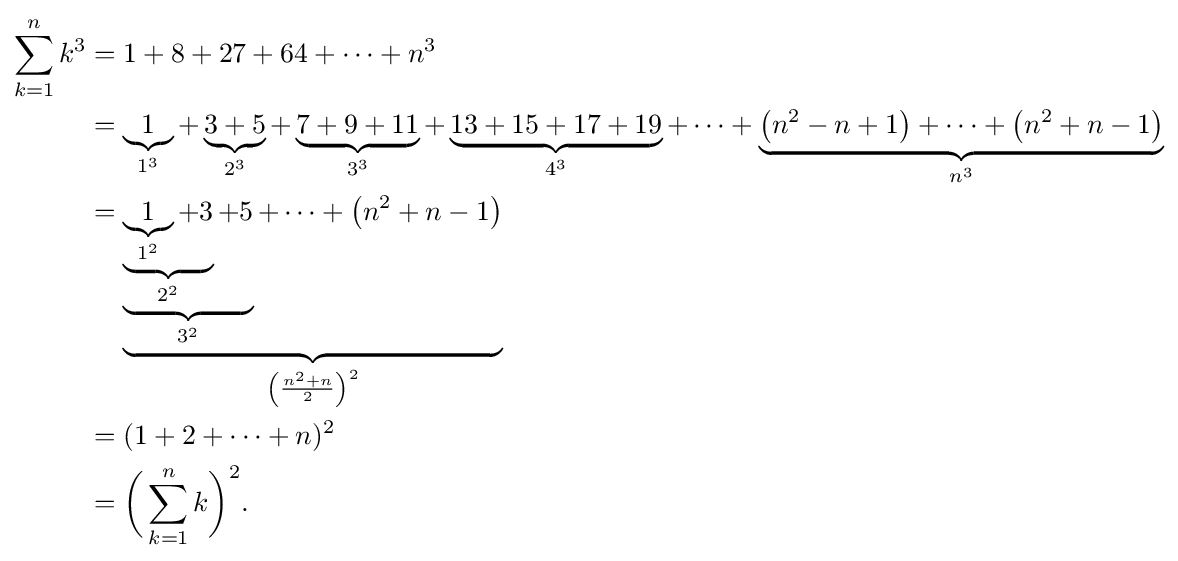
{\begin{aligned}\sum _{k=1}^{n}k^{3}&=1+8+27+64+\cdots +n^{3}\\&=\underbrace {1} _{1^{3}}+\underbrace {3+5} _{2^{3}}+\underbrace {7+9+11} _{3^{3}}+\underbrace {13+15+17+19} _{4^{3}}+\cdots +\underbrace {\left(n^{2}-n+1\right)+\cdots +\left(n^{2}+n-1\right)} _{n^{3}}\\&=\underbrace {\underbrace {\underbrace {\underbrace {1} _{1^{2}}+3} _{2^{2}}+5} _{3^{2}}+\cdots +\left(n^{2}+n-1\right)} _{\left({\frac {n^{2}+n}{2}}\right)^{2}}\\&=(1+2+\cdots +n)^{2}\\&={\bigg (}\sum _{k=1}^{n}k{\bigg )}^{2}.\end{aligned}}